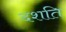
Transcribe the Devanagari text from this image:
दशति